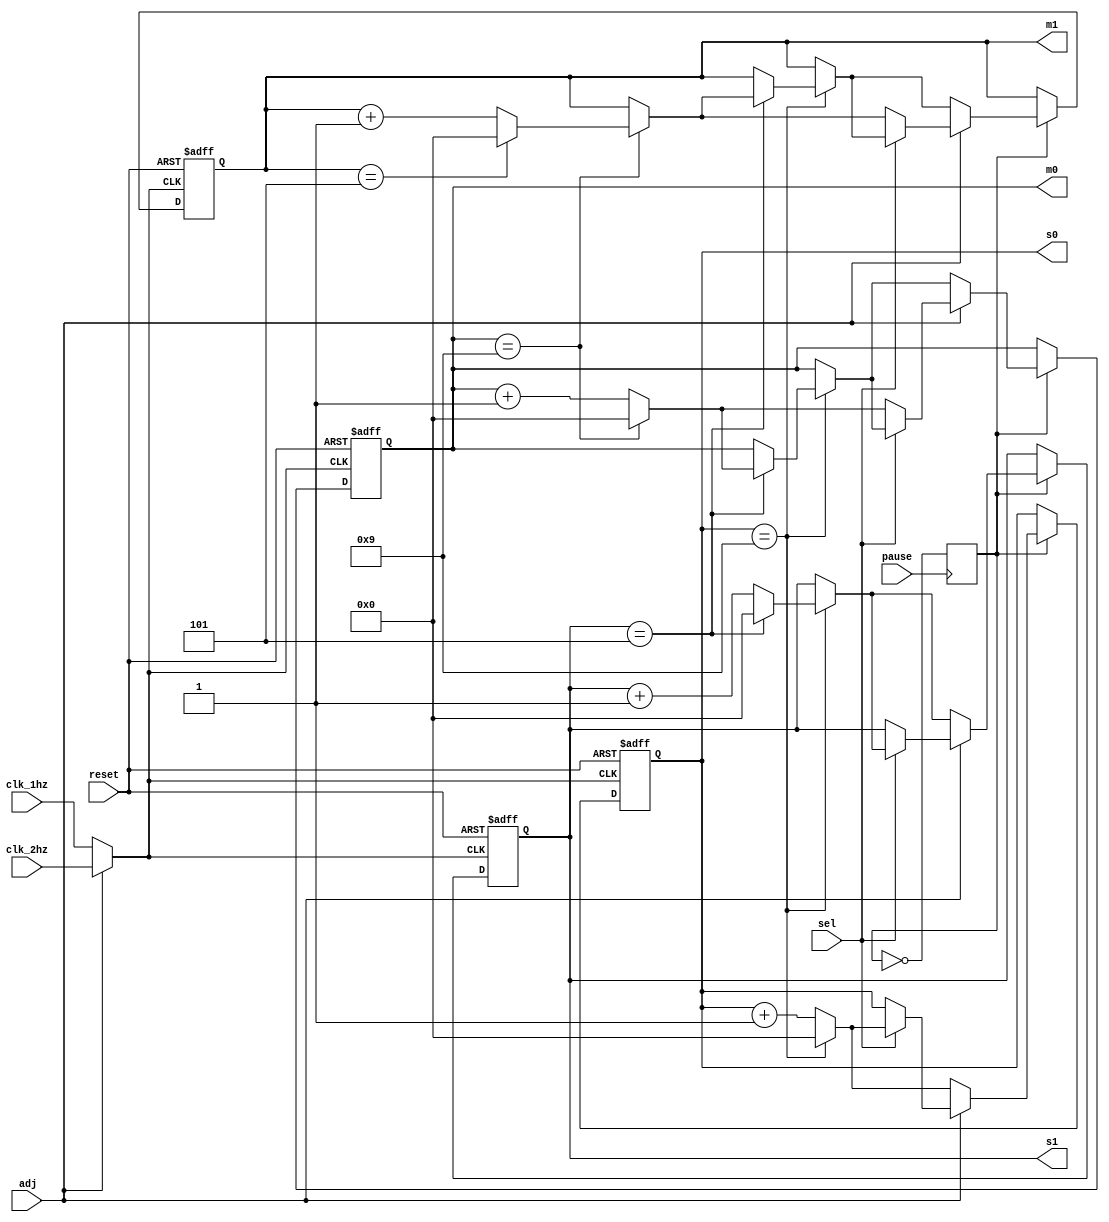
module counter(
    input clk_1hz,
    input clk_2hz,
    input reset,
    input pause,
    input adj,
    input sel,
    output reg [3:0] s0,
    output reg [3:0] s1,
    output reg [3:0] m0,
    output reg [3:0] m1
);

// Control signals
reg run = 1;

// Clock selection
wire selected_clk = adj ? clk_2hz : clk_1hz;

// Pause control logic
always @(posedge pause) begin
    run <= !run;  // Toggle running state on pause push
end

always @(posedge selected_clk or posedge reset) begin
    if (reset) begin
        // Reset all counters to zero
        s0 <= 0;
        s1 <= 0;
        m0 <= 0;
        m1 <= 0;
    end else if (run) begin
        if (adj) begin
            if (sel) begin  // Increment seconds if sel is 1
                increment_seconds();
            end else begin  // Increment minutes if sel is 0
                increment_minutes();
            end
        end else begin
            increment_seconds(); 
        end
    end
end

task increment_seconds;
begin
    if (s0 == 9) begin
        s0 <= 0;
        if (s1 == 5) begin
            s1 <= 0;
            increment_minutes();  
        end else begin
            s1 <= s1 + 1;
        end
    end else begin
        s0 <= s0 + 1;
    end
end
endtask

task increment_minutes;
begin
    if (m0 == 9) begin
        m0 <= 0;
        if (m1 == 5) begin
            m1 <= 0;
        end else begin
            m1 <= m1 + 1;
        end
    end else begin
        m0 <= m0 + 1;
    end
end

endtask

endmodule